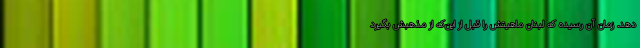
دهد. زمان آن رسیده که لبنان ماهیتش را قبل از این‌که از مذهبش بگیرد